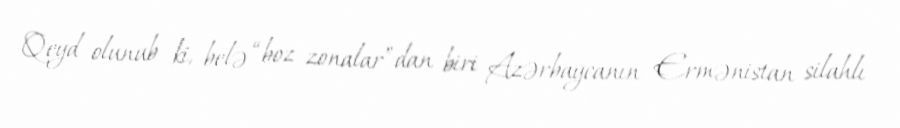
Qeyd olunub ki, belə “boz zonalar”dan biri Azərbaycanın Ermənistan silahlı